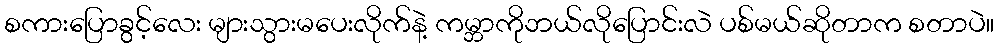
စကားပြောခွင့်လေး များသွားမပေးလိုက်နဲ့ ကမ္ဘာကိုဘယ်လိုပြောင်းလဲ ပစ်မယ်ဆိုတာက စတာပဲ။